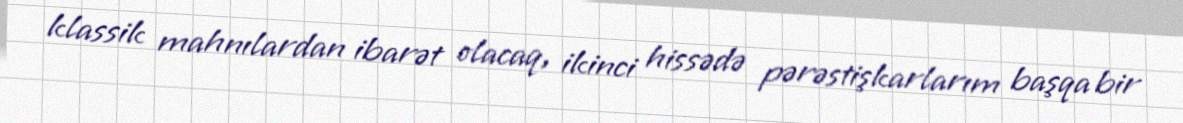
klassik mahnılardan ibarət olacaq, ikinci hissədə pərəstişkarlarım başqa bir